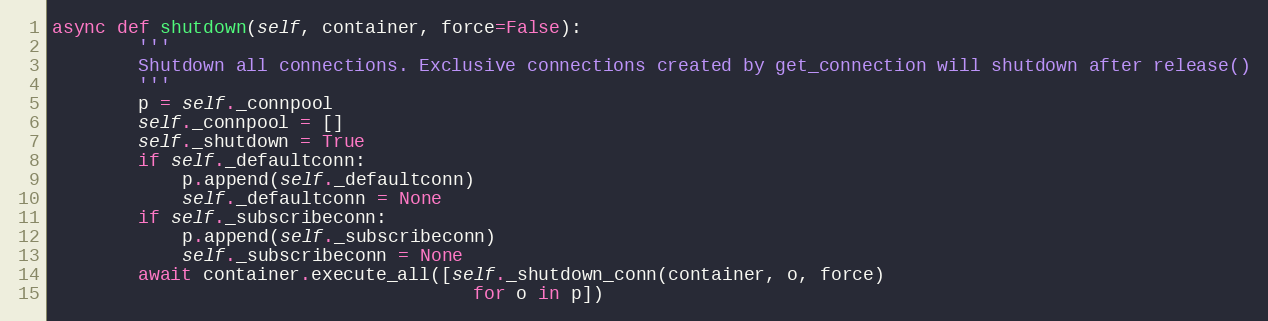
Language: Python
async def shutdown(self, container, force=False):
        '''
        Shutdown all connections. Exclusive connections created by get_connection will shutdown after release()
        '''
        p = self._connpool
        self._connpool = []
        self._shutdown = True
        if self._defaultconn:
            p.append(self._defaultconn)
            self._defaultconn = None
        if self._subscribeconn:
            p.append(self._subscribeconn)
            self._subscribeconn = None
        await container.execute_all([self._shutdown_conn(container, o, force)
                                       for o in p])